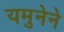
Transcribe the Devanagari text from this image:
यमुनेने